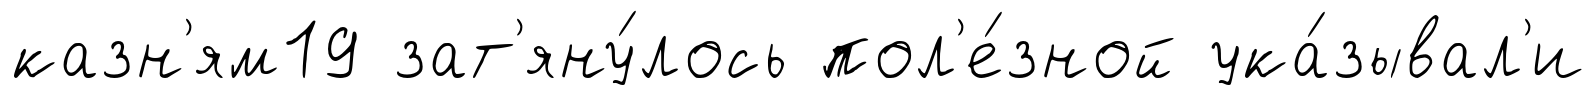
казн'ям19 зат'яну́лось пол'е́зной ука́зывал'и